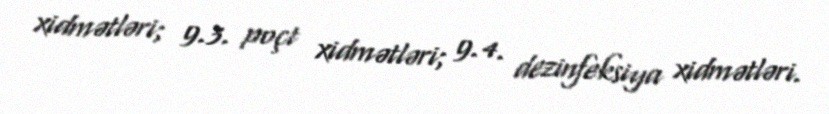
xidmətləri; 9.3. poçt xidmətləri; 9.4. dezinfeksiya xidmətləri.